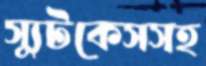
স্যুটকেসসহ